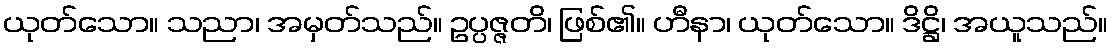
ယုတ်သော။ သညာ၊ အမှတ်သည်။ ဥပ္ပဇ္ဇတိ၊ ဖြစ်၏။ ဟီနာ၊ ယုတ်သော။ ဒိဋ္ဌိ၊ အယူသည်။